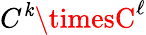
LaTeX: C^{\mathit{k}}\timesC^{\ell}